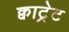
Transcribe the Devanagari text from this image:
क्वाट्रेट